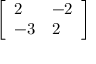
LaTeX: \left[ { \begin{array} { l l } { 2 } & { - 2 } \\ { - 3 } & { 2 } \end{array} } \right]